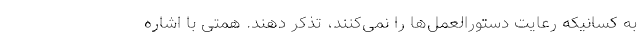
به کسانیکه رعایت دستورالعمل‌ها را نمی‌کنند، تذکر دهند. همتی با اشاره